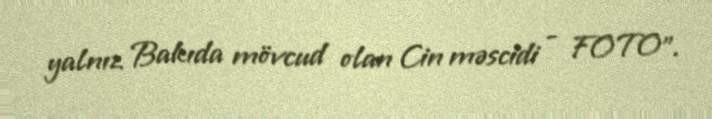
yalnız Bakıda mövcud olan Cin məscidi - FOTO".